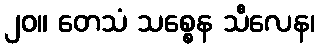
၂၀။ တေသံ သစ္စေန သီလေန၊